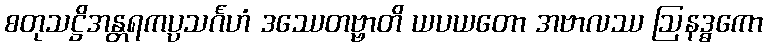
စတုသဋ္ဌိအန္တရကပ္ပသင်္ဂဟံ ဒဿေတဗ္ဗာတိ ယပယတော အဗာလဿ ဩနဒ္ဓကော